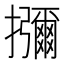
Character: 𭣐